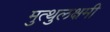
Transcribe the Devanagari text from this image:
मुत्थुलक्षमी